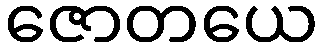
ဇောတယေ